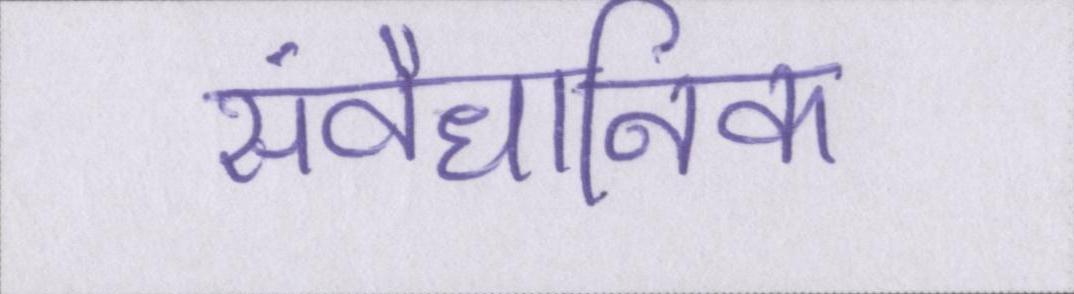
संवैधानिक